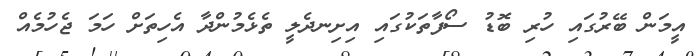
އީމަން ބޭރުގައި ހުރި ބޮޑު ސޯފާތަކުގައި އިށިނދެލީ ތެޅެމުންދާ އެހިތަށް ހަމަ ޖެހުމެއް